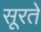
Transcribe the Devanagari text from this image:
सूरते